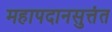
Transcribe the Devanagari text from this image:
महापदानसुत्तंत